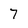
Character: 7